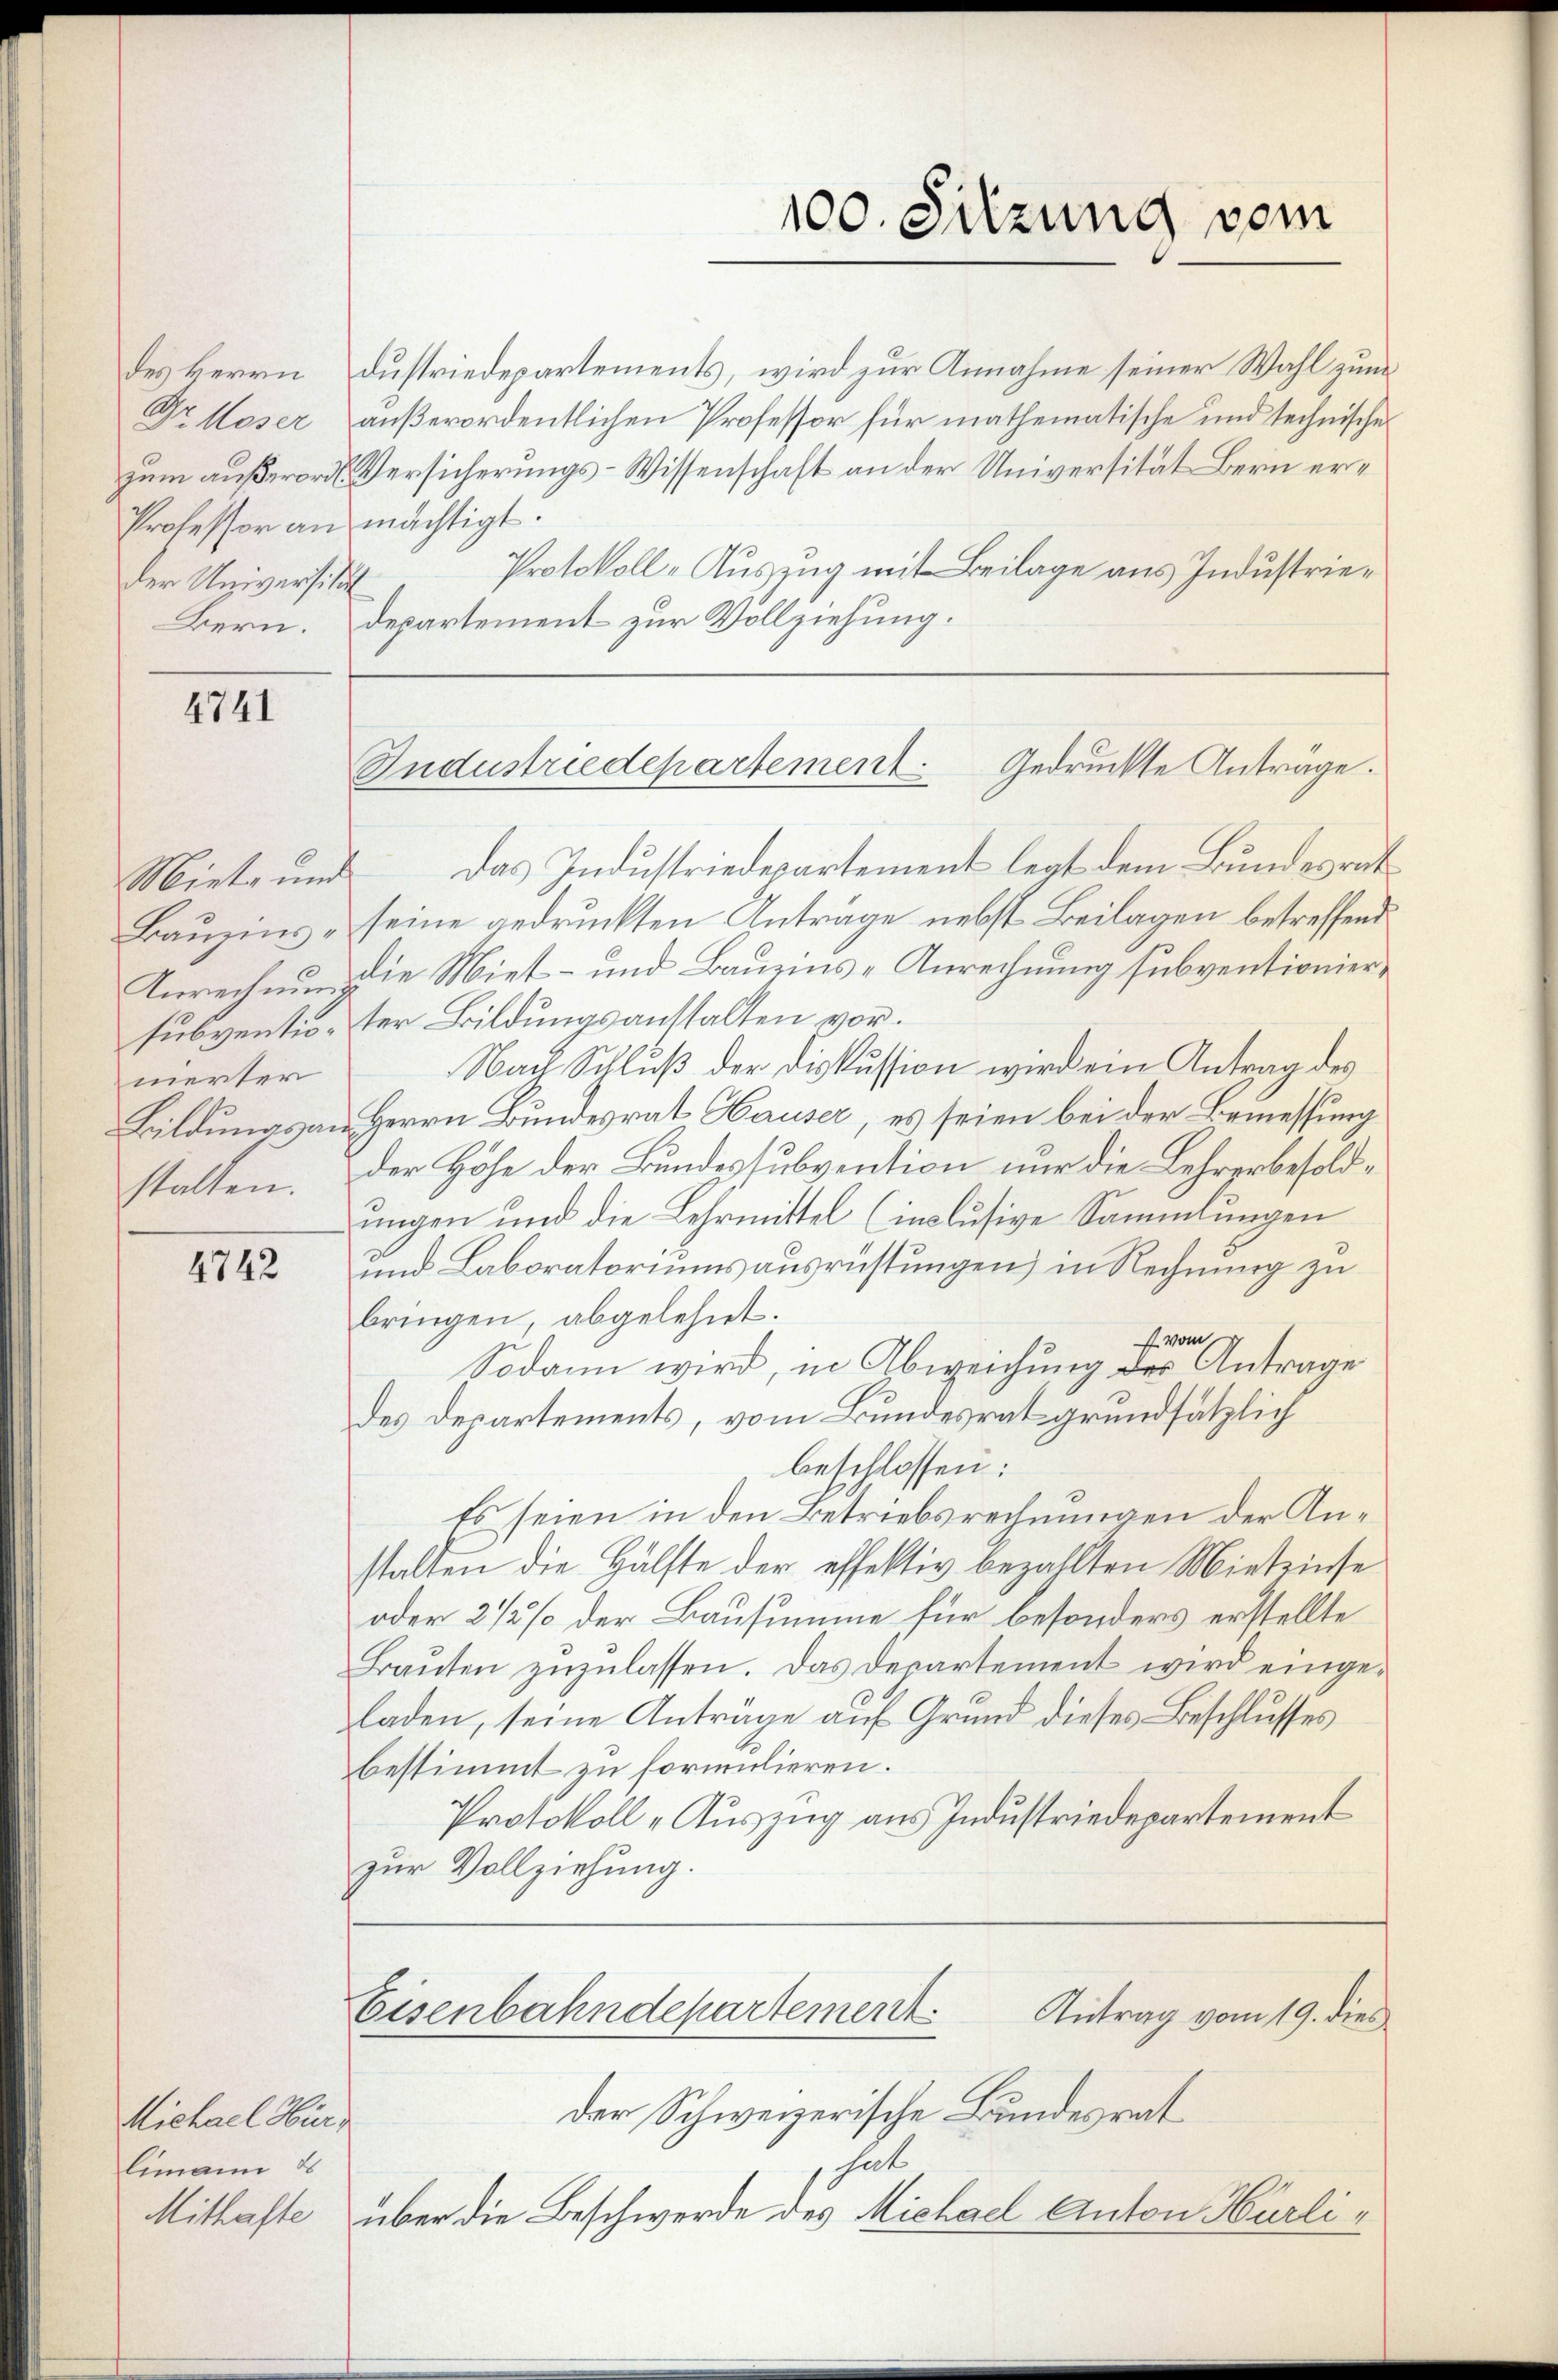
des Herrn
zum außerord.
Professor an
der Universit
Bern.

4741

Bauzins¬
Anrechnung
subventiomerter
Bildungsan
stalten.

4742

Michael Hürlimann d
Mithafte

100. Sitzung vom

Gedruckte Anträge.
Sudustriedepartement

dustriedepartements, wird zur Annahme seiner Wahl zum
Dr Hoser außerordentlichen Professor für mathematische und technische
Versicherungs-Wissenschaft an der Universität Bern ermächtigt.
Protokoll-Auszug mit Beilage aus Industriedepartement zur Vollziehung.
Miete und das Industriedepartement legt dem Bundesrat
seine gedruckten Anträge nebst Beilagen betreffend
die Miet- und Baueins-Anrechnung subventionierter Bildungsanstalten vor.
Nach Schluß der Diskussion wird ein Antrag des
Herrn Bundesrat Hauser, es seien bei der Bemessung
der Höhe der Bundessubvention nur die Lehrerbesoldungen und die Lehrmittel (inclusive Sammlungen
und Laboratoriums ausrüstungen in Rechnung zu
bringen abgelehnt.
 vom 7.
Sodann wird, in Abweichung der Antrage
des Departements, vom Bundesrat grundsätzlich
beschlossen:
Es seien in den Betriebsrechnungen der Anstalten die Hälfte der effektiv bezahlten Miteinse
oder 2 1/2 % der Bausumme für besonders erstellte
Braŭten zŭzŭlassen. Das Departement wird eingeladen, seine Anträge auf Grund dieses Beschlusses
bestimmt zu formulieren.
Protokoll -Auszug aus Industriedepartement
zur Vollziehung.
Eisenbahndepartement
Antrag vom 19. dies
der Schweizerische Bundesrat
hat
über die Beschwerde des Michael Anton Hürli¬